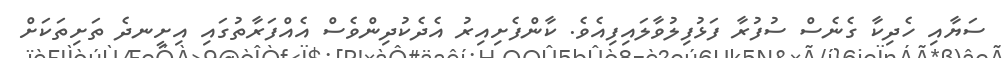
ސަޔާއި ހެދިކާ ގެނެސް ސުފުރާ ފަޅުފިލުވާލައިފިއެވެ. ކާންފެށިއިރު އެދެކުދިންވެސް އެއްފަރާތުގައި އިށީނދެ ތަށިތަކަށް